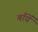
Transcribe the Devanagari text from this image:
बाँयें